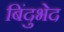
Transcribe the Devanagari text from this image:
बिंदुभेद